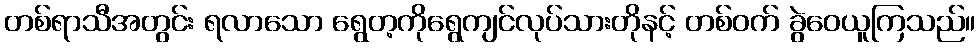
တစ်ရာသီအတွင်း ရလာသော ရွေတ့ကိုရွေကျင်လုပ်သားတိုနင့် တစ်ဝက် ခွဲဝေယူကြသည်။